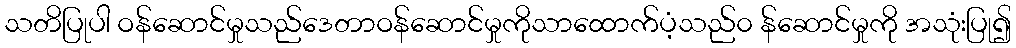
သတိပြုပါ ဝန်ဆောင်မှုသည်ဒေတာဝန်ဆောင်မှုကိုသာထောက်ပံ့သည်၀ န်ဆောင်မှုကို အသုံးပြု၍